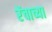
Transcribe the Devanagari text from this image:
रेंचाच्या